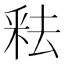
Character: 𬪻